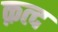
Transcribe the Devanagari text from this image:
क़त्द